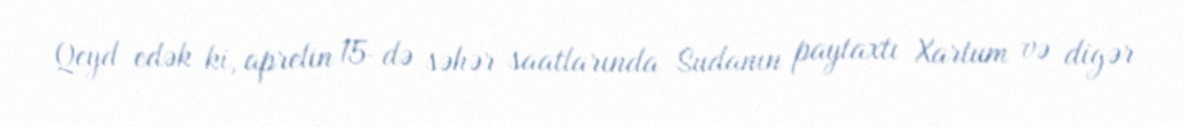
Qeyd edək ki, aprelin 15-də səhər saatlarında Sudanın paytaxtı Xartum və digər